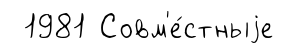
1981 Совм'е́стныjе